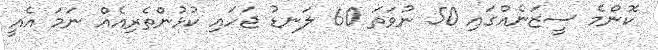
ކޮންމެ ސީޒަނެއްގައި 50 ނުވަތަ 60 ލަނޑު ޖަހައި ކުޅުންތެރިއެއް ނަަމަ އެއީ